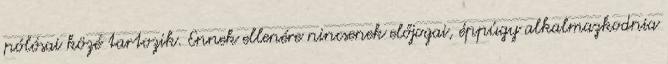
pólósai közé tartozik. Ennek ellenére nincsenek előjogai, éppúgy alkalmazkodnia